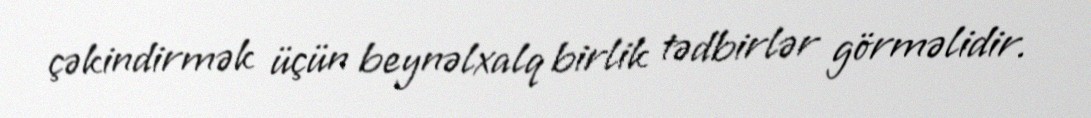
çəkindirmək üçün beynəlxalq birlik tədbirlər görməlidir.